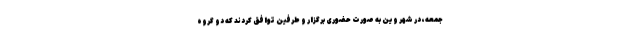
جمعه، در شهر وین به صورت حضوری برگزار و طرفین توافق کردند که دو گروه